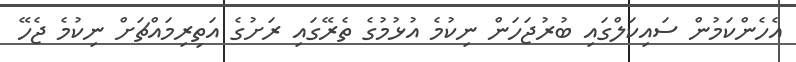
އެހެންކަމުން ސައިކަލްގައި ބުރުޖަހަން ނިކުމެ އުޅުމުގެ ތެރޭގައި ރަށުގެ އަތިރިމައްޗަށް ނިކުމެ ޖެހޭ